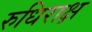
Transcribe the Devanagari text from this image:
रुधिराक्ष